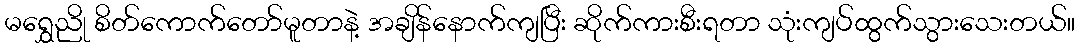
မရွှေညို စိတ်ကောက်တော်မူတာနဲ့ အချိန်နောက်ကျပြီး ဆိုက်ကားစီးရတာ သုံးကျပ်ထွက်သွားသေးတယ်။